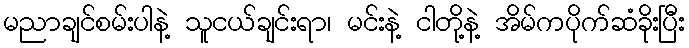
မညာချင်စမ်းပါနဲ့ သူငယ်ချင်းရာ၊ မင်းနဲ့ ငါတို့နဲ့ အိမ်ကပိုက်ဆံခိုးပြီး